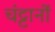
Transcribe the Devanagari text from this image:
चंट्टानों